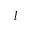
l